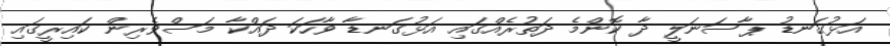
އަޅުގަނޑު ޕާސަނަލީ ދާ ކޮންމެ ދަތުރެއްގައި އަޅުގަނޑާ ވާހަކަ ދައްކާ މަސްވެރިން ކައިރީގައި